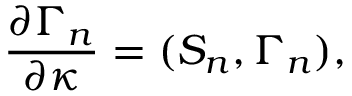
{ \frac { \partial \Gamma _ { n } } { \partial \kappa } } = ( S _ { n } , \Gamma _ { n } ) ,